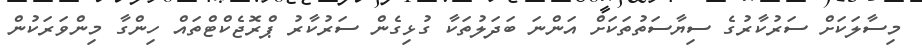
މިސާލަކަށް ސަރުކާރުގެ ސިޔާސަތުތަކަށް އަންނަ ބަދަލުތަކާ ގުޅިގެން ސަރުކާރު ޕްރޮޖެކްޓްތައް ހިންގާ މިންވަރަކުން